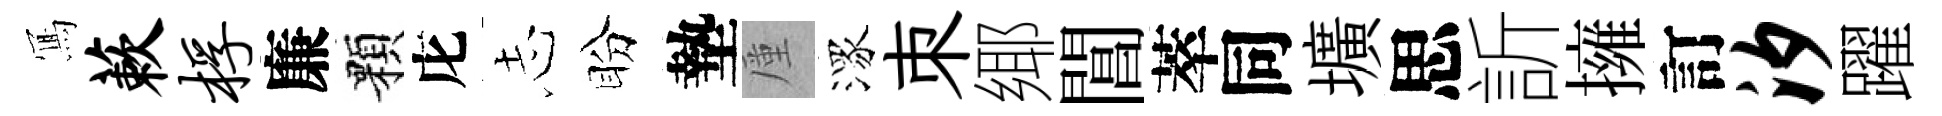
𭂁蔌桴廉顆庀𢖽盼墊厪潈朿鄊閶萃同壙思訢擁訂汐躍